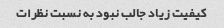
کیفیت زیاد جالب نبود به نسبت نظرات